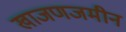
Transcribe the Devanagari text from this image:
खाजणजमीन